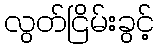
လွတ်ငြိမ်းခွင့်